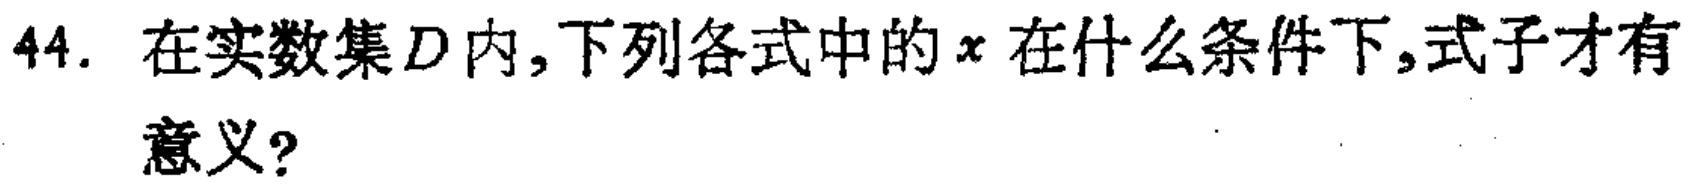
44. 在实数集$D$内,下列各式中的$x$在什么条件下,式子才有意义?